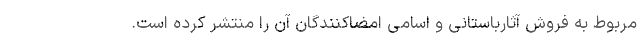
مربوط به فروش آثارباستانی و اسامی امضاکنندگان آن را منتشر کرده است.